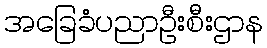
အခြေခံပညာဦးစီးဌာန